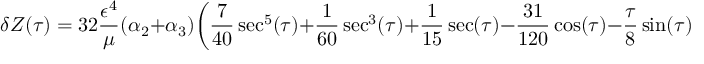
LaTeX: \delta Z ( \tau ) = 3 2 \frac { \epsilon ^ { 4 } } { \mu } ( \alpha _ { 2 } + \alpha _ { 3 } ) \bigg ( \frac { 7 } { 4 0 } \sec ^ { 5 } ( \tau ) + \frac 1 { 6 0 } \sec ^ { 3 } ( \tau ) + \frac 1 { 1 5 } \sec ( \tau ) - \frac { 3 1 } { 1 2 0 } \cos ( \tau ) - \frac { \tau } { 8 } \sin ( \tau ) \bigg ) .